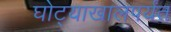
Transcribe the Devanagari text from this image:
घोट्याखालपर्यंत